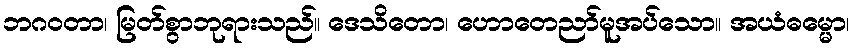
ဘဂဝတာ၊ မြတ်စွာဘုရားသည်။ ဒေသိတော၊ ဟောတေညာ်မူအပ်သော။ အယံဓမ္မော၊